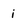
Character: i